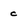
Character: c